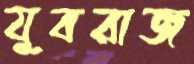
যুবরাজ